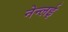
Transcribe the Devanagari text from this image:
नेन्लई